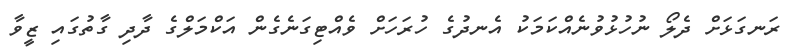
ރަނގަޅަށް ދެލޯ ނުހުޅުވުނެއްކަމަކު އެނދުގެ ހުރަހަށް ވެއްޓިގަނެގެން އަކްމަލްގެ ދާދި ގާތުގައި ޒީވާ